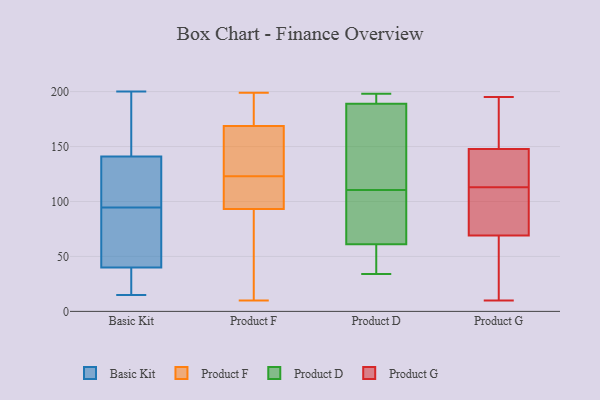
{"axis": {"x": "Active Users", "y": "Value"}, "legend": ["Basic Kit", "Product D", "Product F", "Product G"], "data": [{"x": "", "y": 138, "type": "Basic Kit"}, {"x": "", "y": 63, "type": "Basic Kit"}, {"x": "", "y": 137, "type": "Basic Kit"}, {"x": "", "y": 22, "type": "Basic Kit"}, {"x": "", "y": 74, "type": "Basic Kit"}, {"x": "", "y": 26, "type": "Basic Kit"}, {"x": "", "y": 163, "type": "Basic Kit"}, {"x": "", "y": 22, "type": "Basic Kit"}, {"x": "", "y": 195, "type": "Basic Kit"}, {"x": "", "y": 68, "type": "Basic Kit"}, {"x": "", "y": 82, "type": "Basic Kit"}, {"x": "", "y": 155, "type": "Basic Kit"}, {"x": "", "y": 126, "type": "Basic Kit"}, {"x": "", "y": 200, "type": "Basic Kit"}, {"x": "", "y": 120, "type": "Basic Kit"}, {"x": "", "y": 107, "type": "Basic Kit"}, {"x": "", "y": 48, "type": "Basic Kit"}, {"x": "", "y": 15, "type": "Basic Kit"}, {"x": "", "y": 144, "type": "Basic Kit"}, {"x": "", "y": 32, "type": "Basic Kit"}, {"x": "", "y": 115, "type": "Product F"}, {"x": "", "y": 189, "type": "Product F"}, {"x": "", "y": 98, "type": "Product F"}, {"x": "", "y": 131, "type": "Product F"}, {"x": "", "y": 197, "type": "Product F"}, {"x": "", "y": 177, "type": "Product F"}, {"x": "", "y": 73, "type": "Product F"}, {"x": "", "y": 123, "type": "Product F"}, {"x": "", "y": 10, "type": "Product F"}, {"x": "", "y": 166, "type": "Product F"}, {"x": "", "y": 199, "type": "Product F"}, {"x": "", "y": 79, "type": "Product F"}, {"x": "", "y": 109, "type": "Product F"}, {"x": "", "y": 31, "type": "Product F"}, {"x": "", "y": 131, "type": "Product F"}, {"x": "", "y": 161, "type": "Product F"}, {"x": "", "y": 112, "type": "Product F"}, {"x": "", "y": 189, "type": "Product D"}, {"x": "", "y": 86, "type": "Product D"}, {"x": "", "y": 51, "type": "Product D"}, {"x": "", "y": 61, "type": "Product D"}, {"x": "", "y": 193, "type": "Product D"}, {"x": "", "y": 134, "type": "Product D"}, {"x": "", "y": 196, "type": "Product D"}, {"x": "", "y": 63, "type": "Product D"}, {"x": "", "y": 186, "type": "Product D"}, {"x": "", "y": 34, "type": "Product D"}, {"x": "", "y": 174, "type": "Product D"}, {"x": "", "y": 37, "type": "Product D"}, {"x": "", "y": 58, "type": "Product D"}, {"x": "", "y": 87, "type": "Product D"}, {"x": "", "y": 74, "type": "Product D"}, {"x": "", "y": 198, "type": "Product D"}, {"x": "", "y": 137, "type": "Product D"}, {"x": "", "y": 195, "type": "Product D"}, {"x": "", "y": 110, "type": "Product G"}, {"x": "", "y": 153, "type": "Product G"}, {"x": "", "y": 26, "type": "Product G"}, {"x": "", "y": 161, "type": "Product G"}, {"x": "", "y": 82, "type": "Product G"}, {"x": "", "y": 117, "type": "Product G"}, {"x": "", "y": 138, "type": "Product G"}, {"x": "", "y": 71, "type": "Product G"}, {"x": "", "y": 156, "type": "Product G"}, {"x": "", "y": 146, "type": "Product G"}, {"x": "", "y": 63, "type": "Product G"}, {"x": "", "y": 10, "type": "Product G"}, {"x": "", "y": 195, "type": "Product G"}, {"x": "", "y": 92, "type": "Product G"}, {"x": "", "y": 113, "type": "Product G"}, {"x": "", "y": 19, "type": "Product G"}, {"x": "", "y": 141, "type": "Product G"}]}